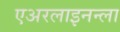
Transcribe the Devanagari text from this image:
एअरलाइनन्ला